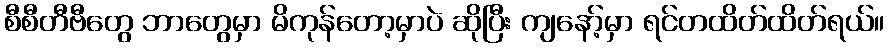
စီစီတီဗီတွေ ဘာတွေမှာ မိကုန်တော့မှာပဲ ဆိုပြီး ကျနော့်မှာ ရင်တထိတ်ထိတ်ရယ်။